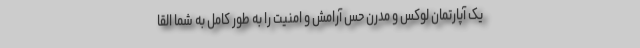
یک آپارتمان لوکس و مدرن حس آرامش و امنیت را به طور کامل به شما القا